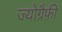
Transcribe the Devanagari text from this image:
ज्योग्रैफ़ी